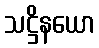
သဋ္ဌိနယော